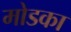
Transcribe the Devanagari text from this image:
मोडका